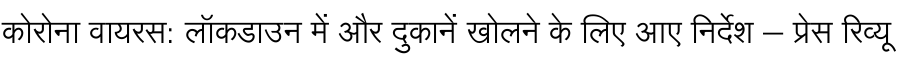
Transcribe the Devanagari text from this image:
कोरोना वायरस: लॉकडाउन में और दुकानें खोलने के लिए आए निर्देश – प्रेस रिव्यू